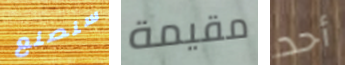
سنصنع مقيمة أحد